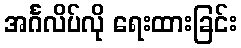
အင်္ဂလိပ်လို ရေးထားခြင်း